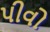
પીવો